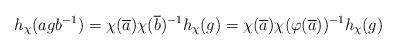
LaTeX: \begin{align*} h_\chi(agb^{-1})=\chi(\overline{a})\chi(\overline{b})^{-1} h_\chi(g) = \chi(\overline{a})\chi(\varphi(\overline{a}))^{-1} h_\chi(g)\end{align*}